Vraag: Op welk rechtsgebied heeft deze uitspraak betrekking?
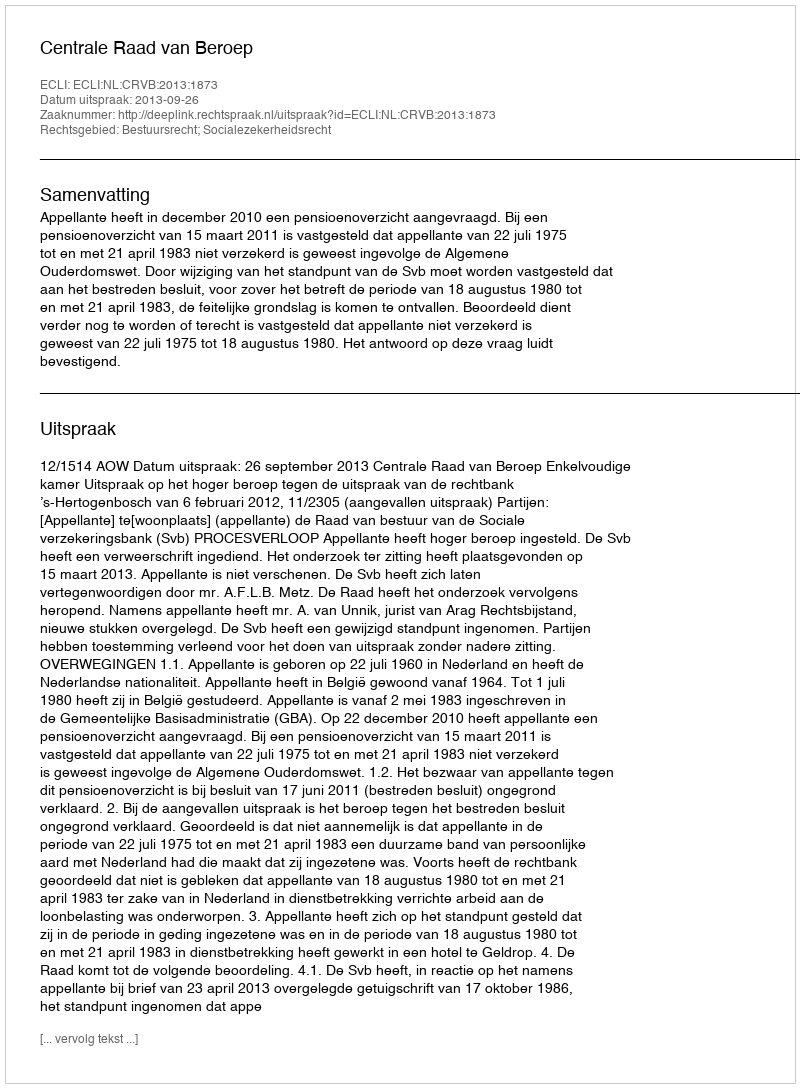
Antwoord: Bestuursrecht; Socialezekerheidsrecht